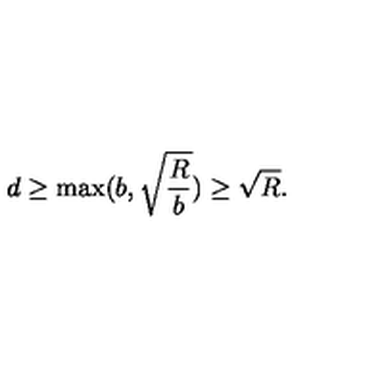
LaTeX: d \geq \max ( b , \sqrt { \frac { R } { b } } ) \geq \sqrt { R } .